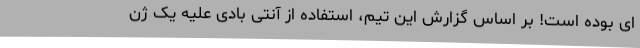
ای بوده است! بر اساس گزارش این تیم، استفاده از آنتی بادی علیه یک ژن